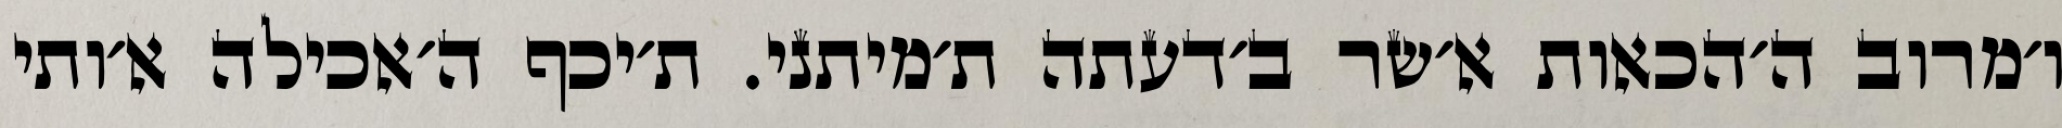
ו׳מרוב ה׳הכאות א׳שר ב׳דעתה ת׳מיתני. ת׳יכף ה׳אכילה א׳ותי